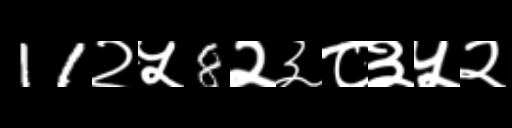
Text: 11२५8२३८३५२